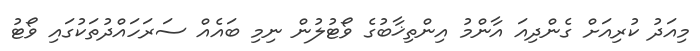
މިއަދު ކުރިއަށް ގެންދިއަ އާންމު އިންތިޚާބުގެ ވޯޓުލުން ނިމި ބައެއް ސަރަހައްދުތަކުގައި ވޯޓު